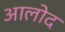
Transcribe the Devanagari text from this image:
आलोद